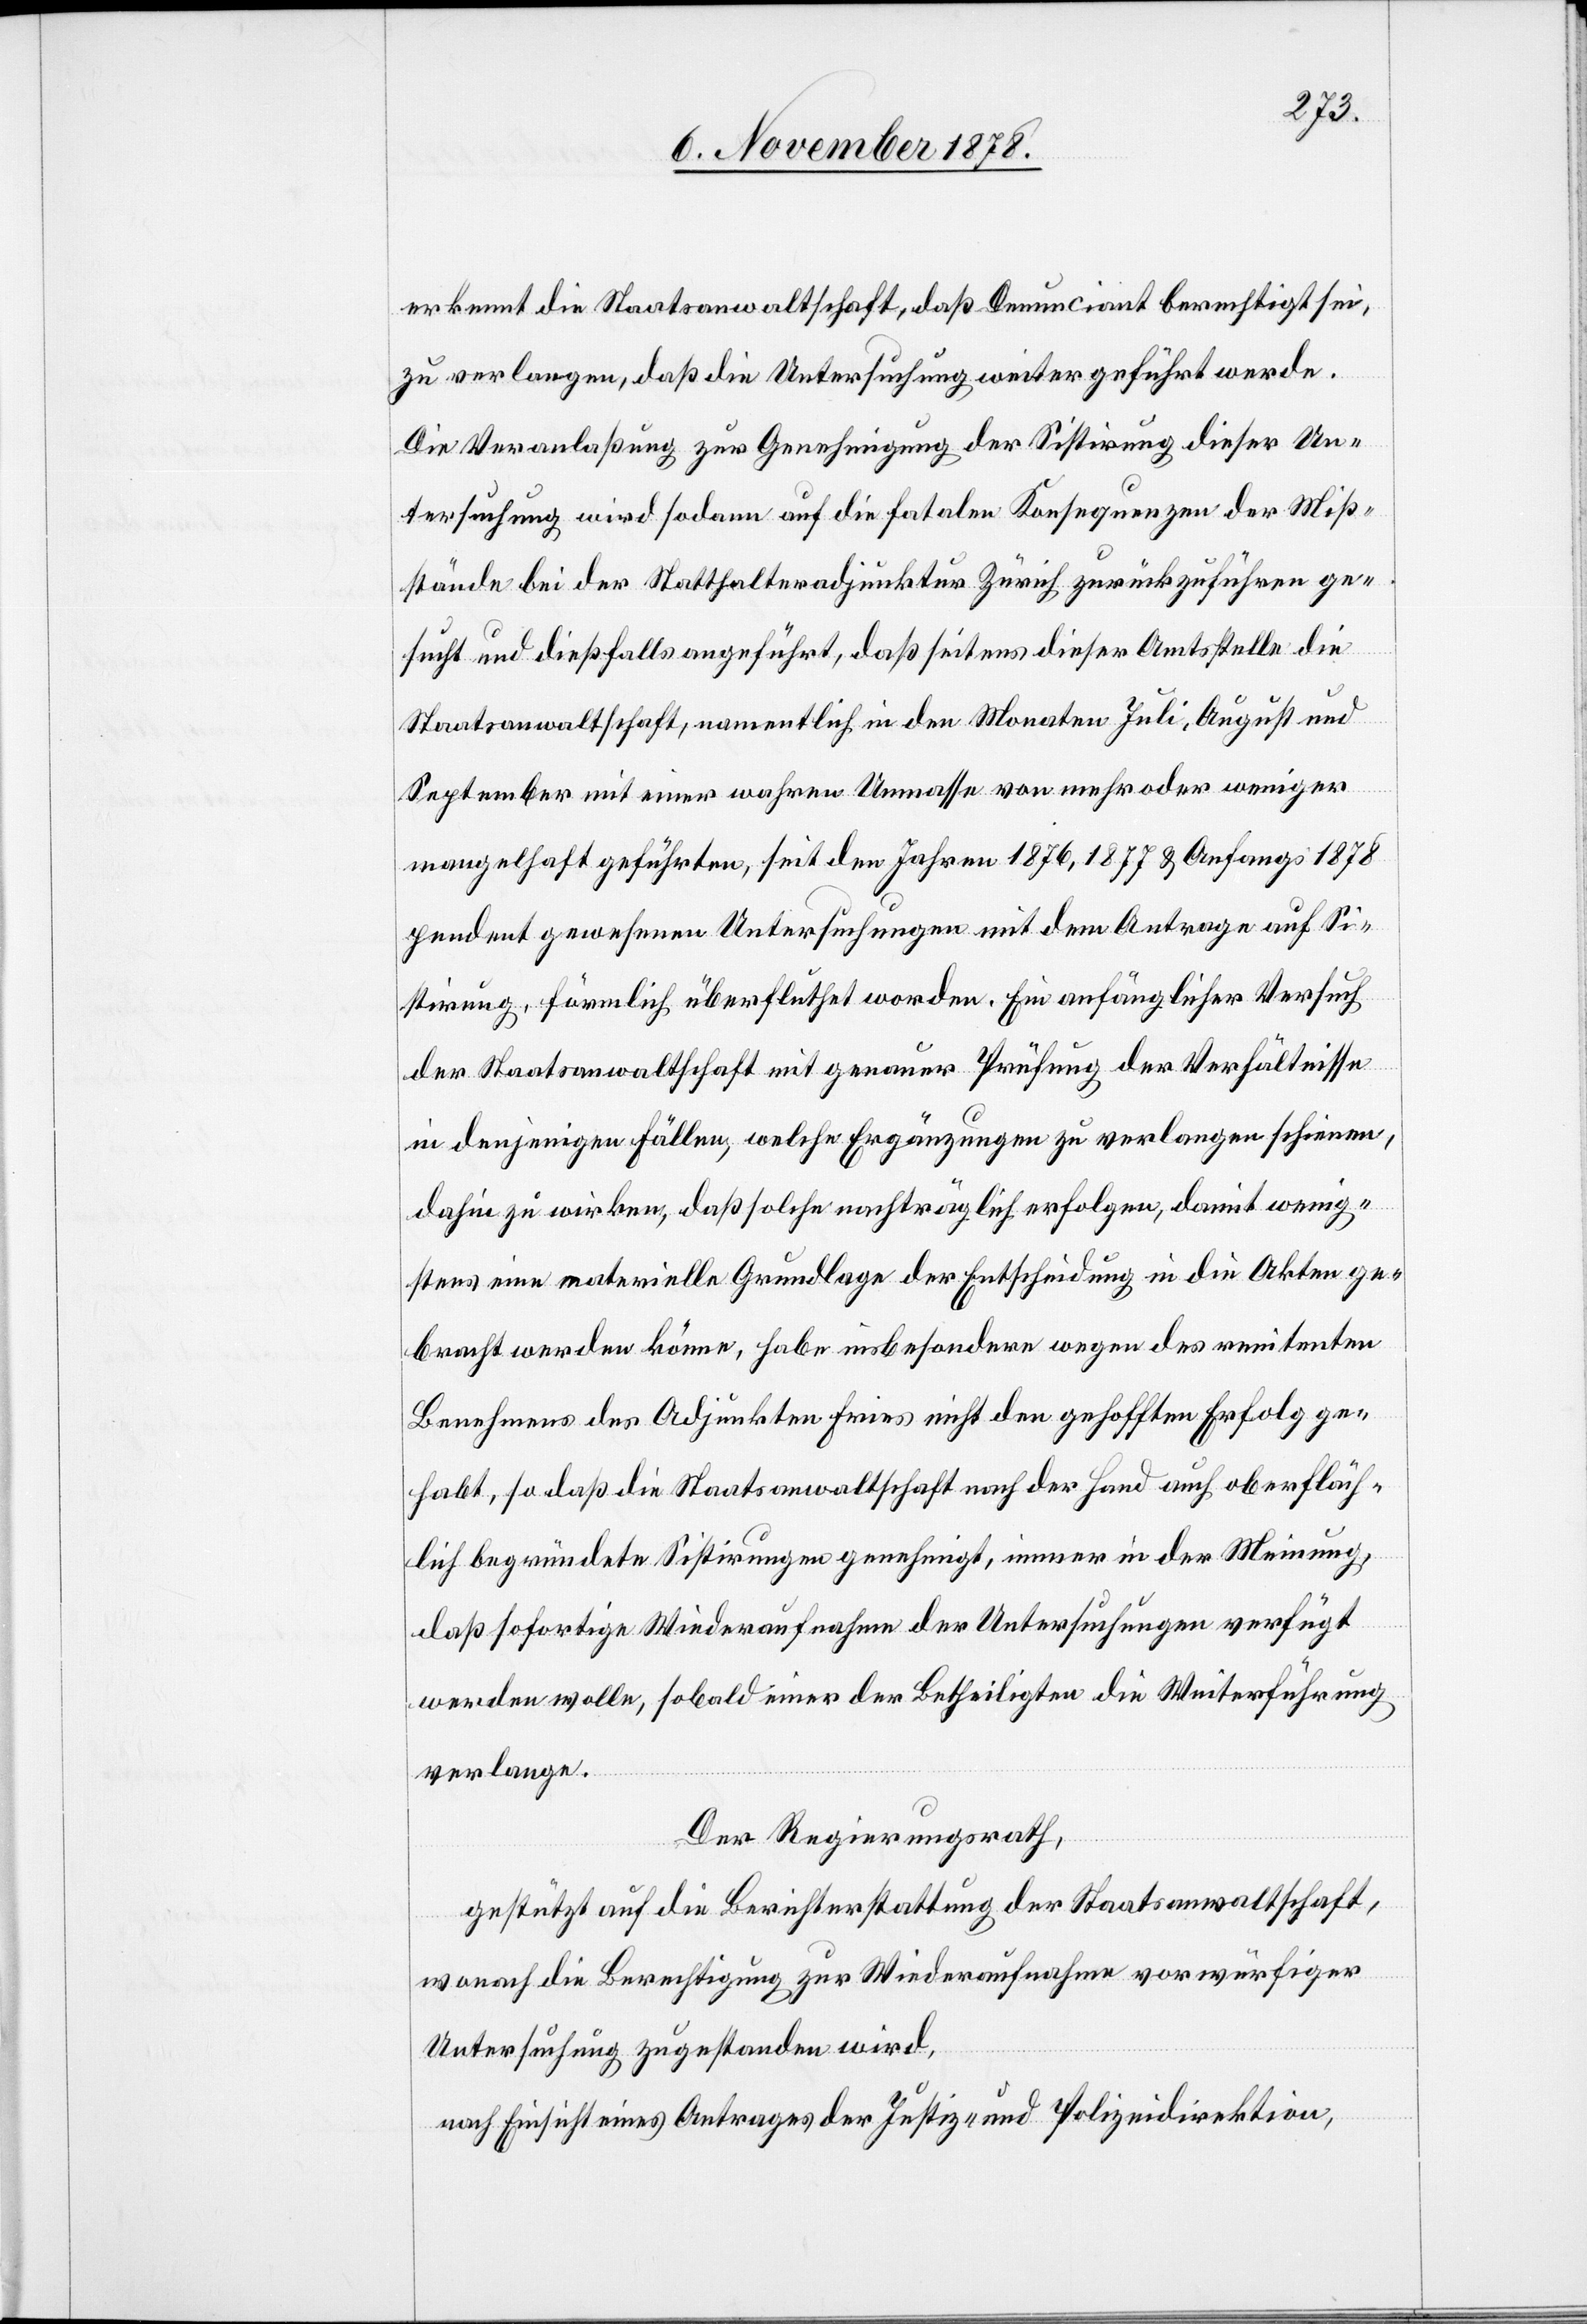
erkennt die Staatsanwaltschaft, daß Denunciant berechtigt sei,
zu verlangen, daß die Untersuchung weiter geführt werde.
Die Veranlaßung zur Genehmigung der Sistirung dieser Un¬
tersuchung wird sodann auf die fatalen Konsequenzen der Miss¬
stände bei der Statthalteradjunktur Zürich zurückzuführen ge¬
sucht und dießfalls angeführt, das seitens dieser Amtsstelle die
Staatsanwaltschaft, namentlich in den Monaten Juli, August und
September mit einer wahren Unmasse von mehr oder weniger
mangelhaft geführten, seit den Jahren 1876, 1877 & Anfangs 1878
pendent gewesenen Untersuchungen mit dem Antrage auf Si¬
stirung, förmlich überfluthet worden. Ein anfänglicher Versuch
der Staatsanwaltschaft mit genauer Prüfung der Verhältnisse
in denjenigen Fällen, welche Ergänzungen zu verlangen scheinen,
dahin zu wirken, daß solche nachträglich erfolgen, damit wenig¬
stens eine materielle Grundlage der Entscheidung in die Akten ge¬
bracht werden könne, habe insbesondere wegen des renitenten
Benehmens des Adjunkten Fries nicht den gehofften Erfolg ge¬
habt, so daß die Staatsanwaltschaft nach der Hand auch oberfläch¬
lich begründete Sistirungen genehmigt, immer in der Meinung,
daß sofortige Wiederaufnahme der Untersuchungen verfügt
werden wolle, sobald einer der Betheiligten die Weiterführung
verlange.
Der Regierungsrath,
gestützt auf die Berichterstattung der Staatsanwaltschaft,
wonach die Berechtigung zur Wiederaufnahme vorwürfiger
Untersuchung zugestanden wird,
nach Einsicht eines Antrages der Justiz- & Polizeidirektion,